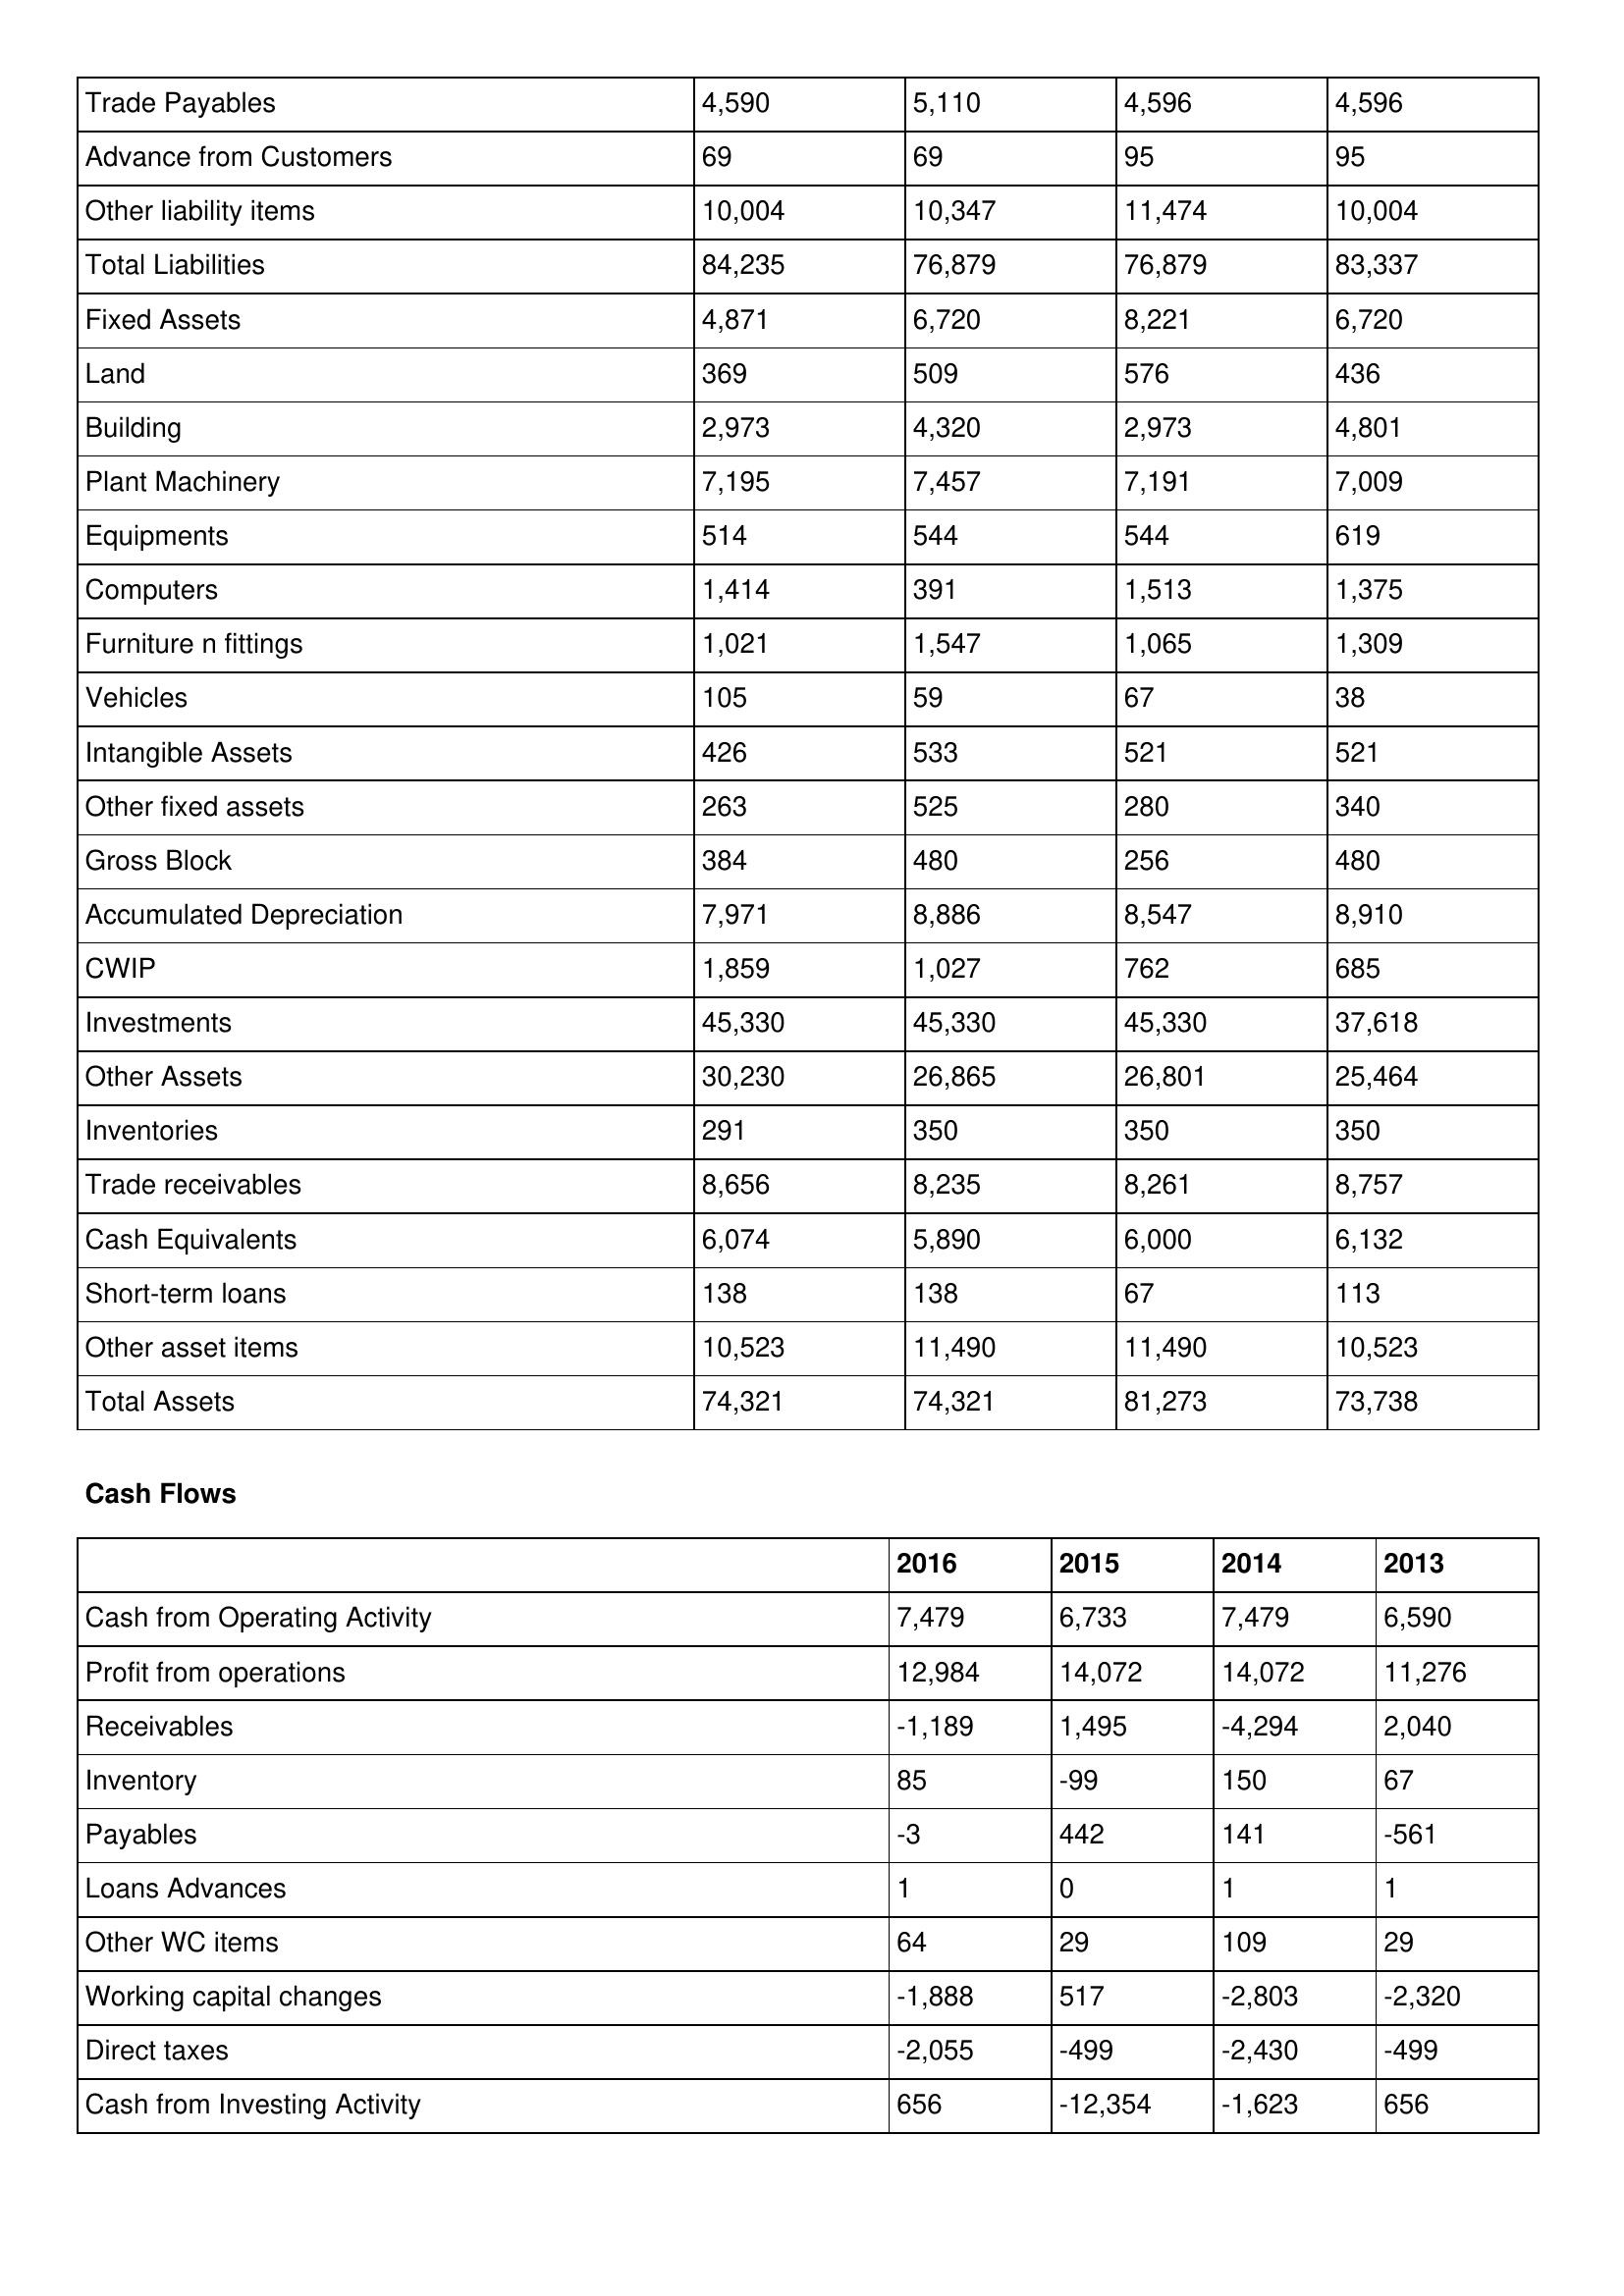
gt_parse: 2016: Balance Sheet: Trade Payables: 4,590
Advance from Customers: 69
Other liability items: 10,004
Total Liabilities: 84,235
Fixed Assets: 4,871
Land: 369
Building: 2,973
Plant Machinery: 7,195
Equipments: 514
Computers: 1,414
Furniture n fittings: 1,021
Vehicles: 105
Intangible Assets: 426
Other fixed assets: 263
Gross Block: 384
Accumulated Depreciation: 7,971
CWIP: 1,859
Investments: 45,330
Other Assets: 30,230
Inventories: 291
Trade receivables: 8,656
Cash Equivalents: 6,074
Short-term loans: 138
Other asset items: 10,523
Total Assets: 74,321
Cash Flows: Cash from Operating Activity: 7,479
Profit from operations: 12,984
Receivables: -1,189
Inventory: 85
Payables: -3
Loans Advances: 1
Other WC items: 64
Working capital changes: -1,888
Direct taxes: -2,055
Cash from Investing Activity: 656
2015: Balance Sheet: Trade Payables: 5,110
Advance from Customers: 69
Other liability items: 10,347
Total Liabilities: 76,879
Fixed Assets: 6,720
Land: 509
Building: 4,320
Plant Machinery: 7,457
Equipments: 544
Computers: 391
Furniture n fittings: 1,547
Vehicles: 59
Intangible Assets: 533
Other fixed assets: 525
Gross Block: 480
Accumulated Depreciation: 8,886
CWIP: 1,027
Investments: 45,330
Other Assets: 26,865
Inventories: 350
Trade receivables: 8,235
Cash Equivalents: 5,890
Short-term loans: 138
Other asset items: 11,490
Total Assets: 74,321
Cash Flows: Cash from Operating Activity: 6,733
Profit from operations: 14,072
Receivables: 1,495
Inventory: -99
Payables: 442
Loans Advances: 0
Other WC items: 29
Working capital changes: 517
Direct taxes: -499
Cash from Investing Activity: -12,354
2014: Balance Sheet: Trade Payables: 4,596
Advance from Customers: 95
Other liability items: 11,474
Total Liabilities: 76,879
Fixed Assets: 8,221
Land: 576
Building: 2,973
Plant Machinery: 7,191
Equipments: 544
Computers: 1,513
Furniture n fittings: 1,065
Vehicles: 67
Intangible Assets: 521
Other fixed assets: 280
Gross Block: 256
Accumulated Depreciation: 8,547
CWIP: 762
Investments: 45,330
Other Assets: 26,801
Inventories: 350
Trade receivables: 8,261
Cash Equivalents: 6,000
Short-term loans: 67
Other asset items: 11,490
Total Assets: 81,273
Cash Flows: Cash from Operating Activity: 7,479
Profit from operations: 14,072
Receivables: -4,294
Inventory: 150
Payables: 141
Loans Advances: 1
Other WC items: 109
Working capital changes: -2,803
Direct taxes: -2,430
Cash from Investing Activity: -1,623
2013: Balance Sheet: Trade Payables: 4,596
Advance from Customers: 95
Other liability items: 10,004
Total Liabilities: 83,337
Fixed Assets: 6,720
Land: 436
Building: 4,801
Plant Machinery: 7,009
Equipments: 619
Computers: 1,375
Furniture n fittings: 1,309
Vehicles: 38
Intangible Assets: 521
Other fixed assets: 340
Gross Block: 480
Accumulated Depreciation: 8,910
CWIP: 685
Investments: 37,618
Other Assets: 25,464
Inventories: 350
Trade receivables: 8,757
Cash Equivalents: 6,132
Short-term loans: 113
Other asset items: 10,523
Total Assets: 73,738
Cash Flows: Cash from Operating Activity: 6,590
Profit from operations: 11,276
Receivables: 2,040
Inventory: 67
Payables: -561
Loans Advances: 1
Other WC items: 29
Working capital changes: -2,320
Direct taxes: -499
Cash from Investing Activity: 656